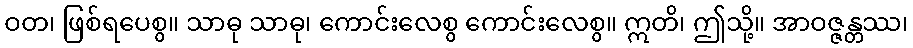
ဝတ၊ ဖြစ်ရပေစွ။ သာဓု သာဓု၊ ကောင်းလေစွ ကောင်းလေစွ။ ဣတိ၊ ဤသို့။ အာဝဇ္ဇန္တဿ၊